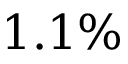
1 . 1 \%